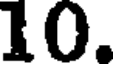
10.